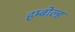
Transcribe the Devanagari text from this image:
हम्बोल्ड